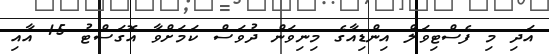
އަދި މި ފެސްޓިވަލް އިންޑިއާގެ މިނިވަން ދުވަސް ކަމަށްވާ އޮގަސްޓު 15 އާއި